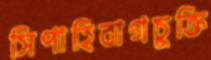
সিপাহিবাগচুক্তি